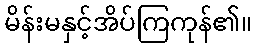
မိန်းမနှင့်အိပ်ကြကုန်၏။